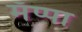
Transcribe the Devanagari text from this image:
मॅप्पा